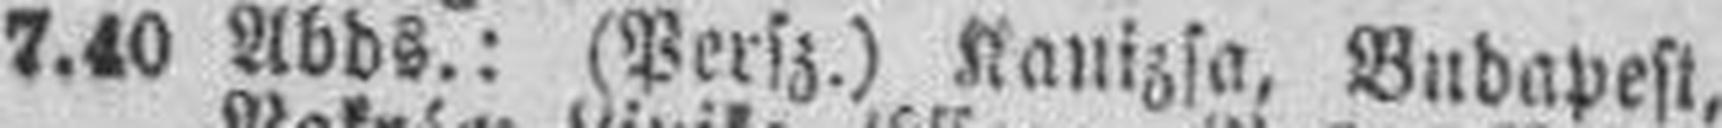
7.40 Abds.: (Persz.) Kanizsa, Budapest,